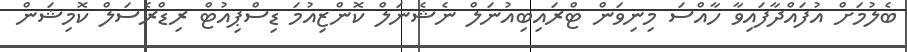
ބެލުމަށް އުފައްދާފައިވާ ހާއްސަ މިނިވަން ޓްރައިބިއުނަލް ނެޝެނަލް ކޮންޒިއުމަ ޑިސްޕިއުޓް ރިޑްރެސަލް ކޮމިޝަން